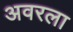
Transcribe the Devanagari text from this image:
अवरला